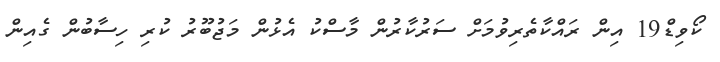
ކޯވިޑް19 އިން ރައްކާތެރިވުމަށް ސަރުކާރުން މާސްކު އެޅުން މަޖުބޫރު ކުރި ހިސާބުން ގެއިން